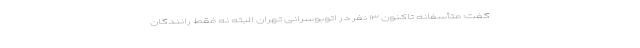
گفت: متأسفانه تاکنون ۱۳ نفر در اتوبوسرانی تهران البته نه فقط رانندگان